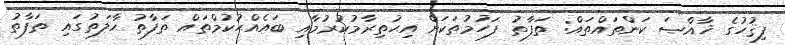
ފިޤުހުގެ ޚާއްޞަ ކަންތައްތައް: ތަފާތު ފަހުމުތަކަށް އިޙުތިރާމުކުރުމާއި ބައެއްޙުކުމްތައް ތަފާތު ޙާލަތުގައި ތަފާތު